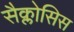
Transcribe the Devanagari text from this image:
सैक्लोसिस